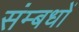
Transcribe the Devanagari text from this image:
संम्बधों